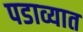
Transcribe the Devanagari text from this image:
पडाव्यात